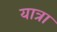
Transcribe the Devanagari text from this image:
यात्रा